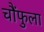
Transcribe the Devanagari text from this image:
चौंफुला